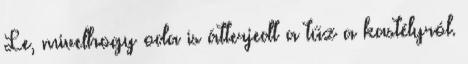
Le, mivelhogy oda is átterjedt a tűz a kastélyról.